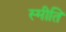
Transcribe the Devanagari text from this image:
स्मीति